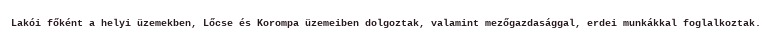
Lakói főként a helyi üzemekben, Lőcse és Korompa üzemeiben dolgoztak, valamint mezőgazdasággal, erdei munkákkal foglalkoztak.